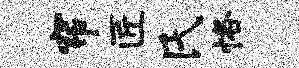
帘匠氏恪